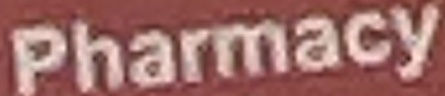
Pharmacy